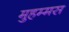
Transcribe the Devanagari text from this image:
मुहम्मस